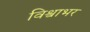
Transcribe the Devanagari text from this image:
विश्वाभर